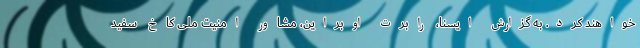
خواهند کرد. به گزارش ایسنا، رابرت اوبراین، مشاور امنیت ملی کاخ سفید